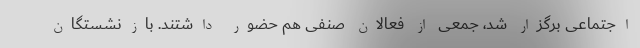
اجتماعی برگزار شد، جمعی از فعالان صنفی هم حضور داشتند. بازنشستگان